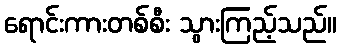
ရောင်းကားတစ်စီး သွားကြည့်သည်။